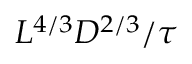
L ^ { 4 / 3 } D ^ { 2 / 3 } / \tau